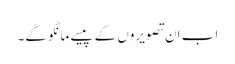
اب ان تصویروں کے پیسے مانگو گے۔